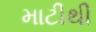
માટીથી